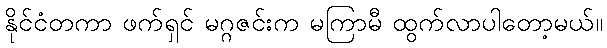
နိုင်ငံတကာ ဖက်ရှင် မဂ္ဂဇင်းက မကြာမီ ထွက်လာပါတော့မယ်။